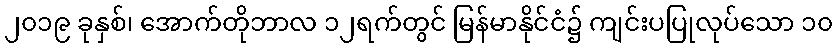
၂၀၁၉ ခုနှစ်၊ အောက်တိုဘာလ ၁၂ရက်တွင် မြန်မာနိုင်ငံ၌ ကျင်းပပြုလုပ်သော ၁၀